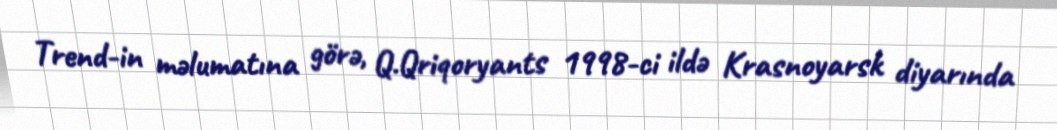
Trend-in məlumatına görə, Q.Qriqoryants 1998-ci ildə Krasnoyarsk diyarında